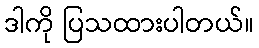
ဒါကို ပြသထားပါတယ်။